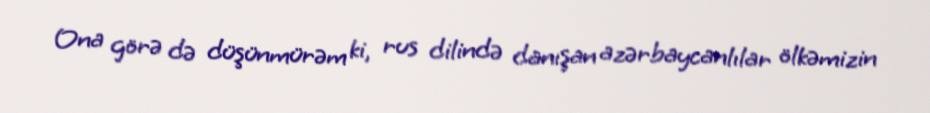
Ona görə də düşünmürəm ki, rus dilində danışan azərbaycanlılar ölkəmizin